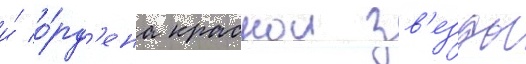
и́ о́рд'ена краснои зв'езды